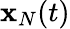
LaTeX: {\mathbf x}_{N}(t)